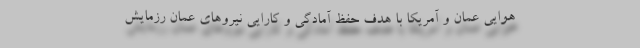
هوایی عمان و آمریکا با هدف حفظ آمادگی و کارایی نیروهای عمان رزمایش